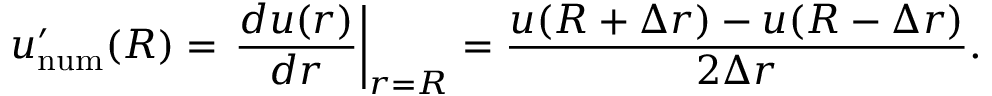
u _ { \mathrm { n u m } } ^ { \prime } ( R ) = \left. \frac { d u ( r ) } { d r } \right| _ { r = R } = \frac { u ( R + \Delta r ) - u ( R - \Delta r ) } { 2 \Delta r } .